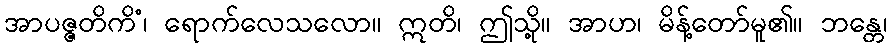
အာပဇ္ဇတိကိံ၊ ရောက်လေသလော။ ဣတိ၊ ဤသို့။ အာဟ၊ မိန့်တော်မူ၏။ ဘန္တေ၊